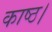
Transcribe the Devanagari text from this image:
काष्ठ।